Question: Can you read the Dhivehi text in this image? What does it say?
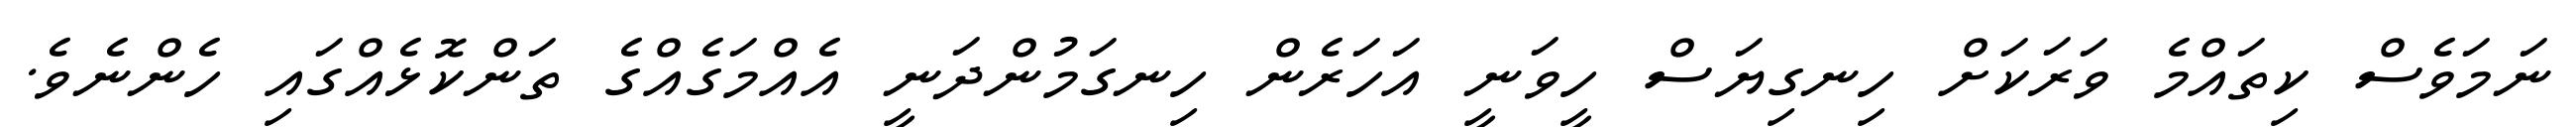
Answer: ނަމަވެސް ކިތައްމެ ވަރަކަށް ހިނގިޔަސް ހީވަނީ އަހަރެން ހިނގަމުންދަނީ އެއްމަގެއްގެ ތަންކޮޅެއްގައި ހެންނެވެ.